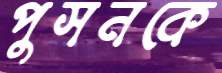
পুসনকে